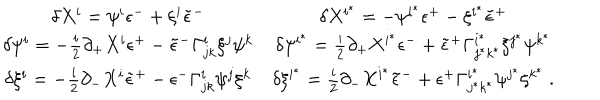
\begin{array} { c c } { { \delta X ^ { i } = \psi ^ { i } \epsilon ^ { - } + \xi ^ { i } { \tilde { \epsilon } } ^ { - } } } & { { \delta X ^ { i ^ { * } } = - \psi ^ { i ^ { * } } \epsilon ^ { + } - \xi ^ { i ^ { * } } { \tilde { \epsilon } } ^ { + } } } \\ { { \delta \psi ^ { i } = - \frac { i } { 2 } \partial _ { + } X ^ { i } \epsilon ^ { + } - { \tilde { \epsilon } } ^ { - } \Gamma _ { j k } ^ { i } \xi ^ { j } \psi ^ { k } } } & { { \delta \psi ^ { i ^ { * } } = \frac { i } { 2 } \partial _ { + } X ^ { i ^ { * } } \epsilon ^ { - } + { \tilde { \epsilon } } ^ { + } \Gamma _ { j ^ { * } k ^ { * } } ^ { i ^ { * } } \xi ^ { j ^ { * } } \psi ^ { k ^ { * } } } } \\ { { \delta \xi ^ { i } = - \frac { i } { 2 } \partial _ { - } X ^ { i } { \tilde { \epsilon } } ^ { + } - \epsilon ^ { - } \Gamma _ { j k } ^ { i } \psi ^ { j } \xi ^ { k } } } & { { \delta \xi ^ { i ^ { * } } = \frac { i } { 2 } \partial _ { - } X ^ { i ^ { * } } { \tilde { \epsilon } } ^ { - } + \epsilon ^ { + } \Gamma _ { j ^ { * } k ^ { * } } ^ { i ^ { * } } \psi ^ { j ^ { * } } \xi ^ { k ^ { * } } \ . } } \\ \end{array}